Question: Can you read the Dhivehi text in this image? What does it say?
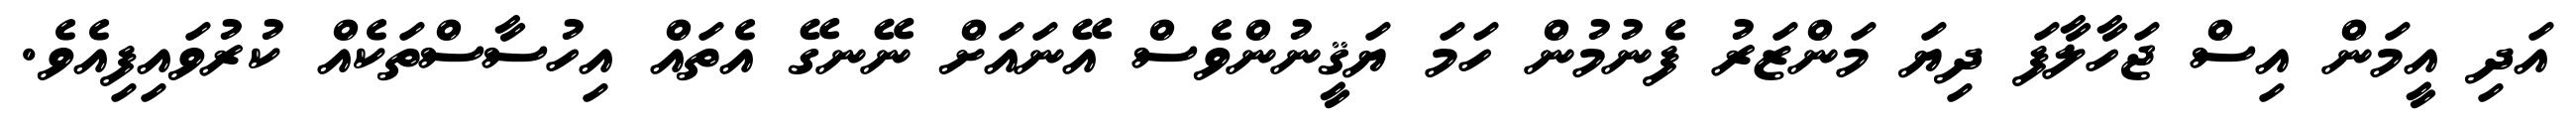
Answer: އަދި އީމަން އިސް ޖަހާލާފަ ދިޔަ މަންޒަރު ފެނުމުން ހަމަ ޔަޤީނުންވެސް އޭނައަށް ނޭނގޭ އެތައް އިހުސާސްތަކެއް ކުރުވައިފިއެވެ.